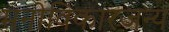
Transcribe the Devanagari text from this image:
मनोविकारजन्य